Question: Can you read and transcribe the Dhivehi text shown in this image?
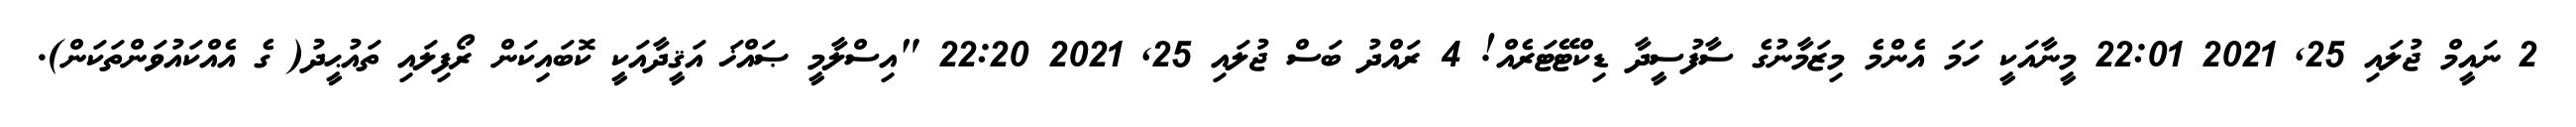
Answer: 2 ނައީމް ޖުލައި 25, 2021 22:01 މީނާއަކީ ހަމަ އެންމެ މިޒަމާނުގެ ސާފުސީދާ ޑިކްޓޭޓަރެއް! 4 ރައްދު ބަސް ޖުލައި 25, 2021 22:20 "އިސްލާމީ ޞައްޚަ އަޤީދާއަކީ ކޮބައިކަން ރޯފިލައި ތައުޙީދު( ގެ އެއްކައުވަންތަކަން).